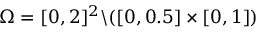
\Omega = [ 0 , 2 ] ^ { 2 } \backslash ( [ 0 , 0 . 5 ] \times [ 0 , 1 ] )